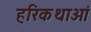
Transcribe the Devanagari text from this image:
हरिकथाओं